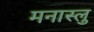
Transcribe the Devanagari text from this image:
मनास्लु